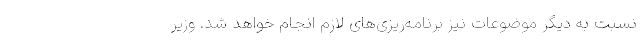
نسبت به دیگر موضوعات نیز برنامه‌ریزی‌های لازم انجام خواهد شد. وزیر